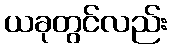
ယခုတွင်လည်း